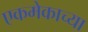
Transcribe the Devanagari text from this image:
एकमेकाच्या